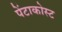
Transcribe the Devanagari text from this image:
पेंटाकोस्ट